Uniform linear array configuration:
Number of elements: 8
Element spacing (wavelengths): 0.75
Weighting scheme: hamming
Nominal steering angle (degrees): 15
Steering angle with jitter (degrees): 13.59
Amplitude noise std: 0.05
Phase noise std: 0.05

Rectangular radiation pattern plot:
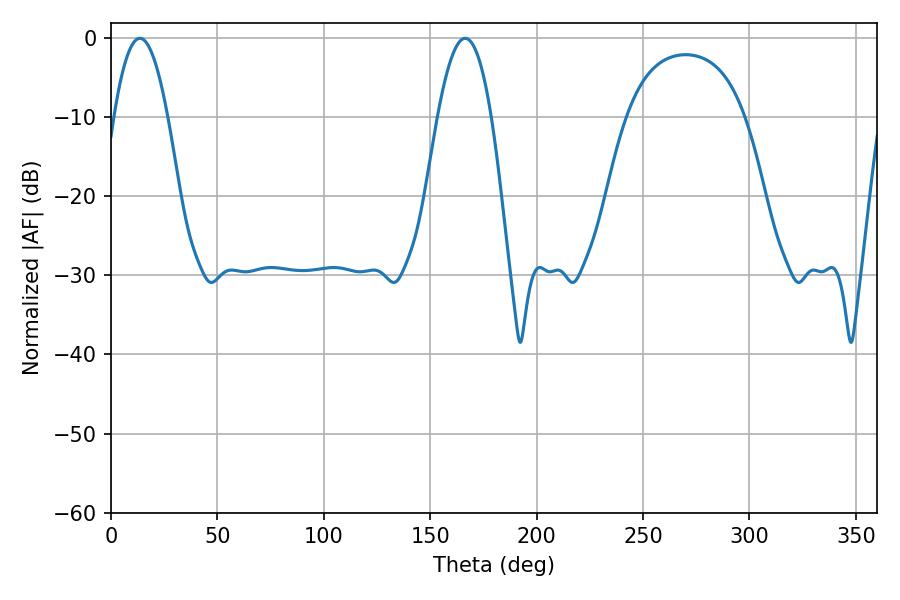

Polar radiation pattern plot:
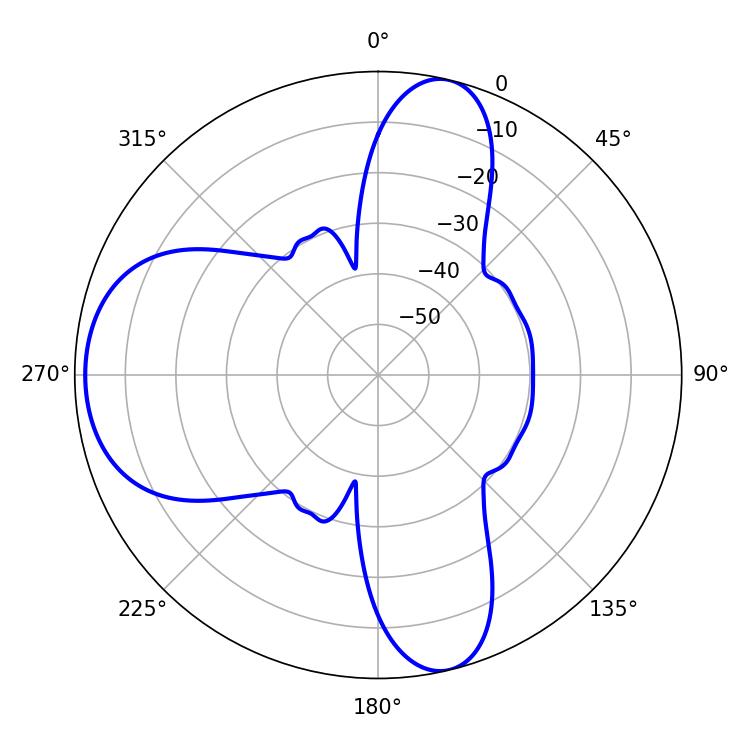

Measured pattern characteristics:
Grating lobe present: TRUE
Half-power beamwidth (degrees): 13.68
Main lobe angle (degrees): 13.5